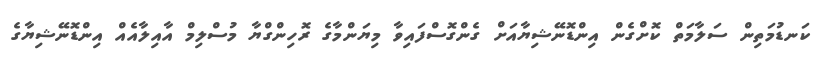
ކަނޑުމަތިން ސަލާމަތް ކޮށްގެން އިންޑޮނޭޝިޔާއަށް ގެންގޮސްފައިވާ މިޔަންމާގެ ރޮހިންގްޔާ މުސްލިމް އާއިލާއެއް އިންޑޮނޭޝިޔާގެ